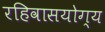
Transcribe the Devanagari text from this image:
रहिवासयोग्य